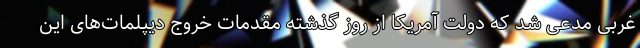
غربی مدعی شد که دولت آمریکا از روز گذشته مقدمات خروج دیپلمات‌های این